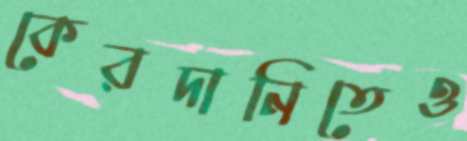
কেরদানিতেও